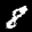
Label: 8